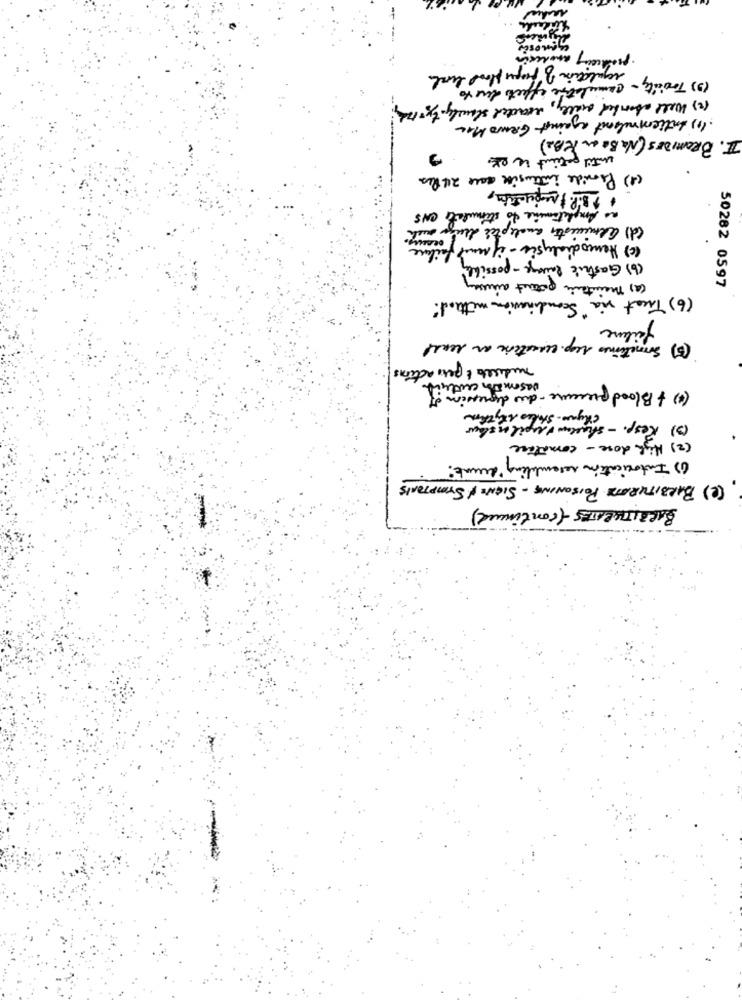
· producing moulin
regulation of proper flood local
(3) Tricity - cumulative effects due to
(2) Well abooked orally, reacted slowly. 5x= 174.
. (+) Intiemnelset against Gens MAL
II. BROMIDES ( Na Be an KB2)
until patient week
(1) Provide intensive auce 24 hrs
to stimulate ONS
as Amphetamine to st
(d) arminister analeptée drugs ou
(c) Hemodialysis - if mmed failure
( b ) Gastric lavage - possibly
(a) Theinten patent areessay
282 0597
(6) Treat via "Scandinavian method"
failure
(5) Sometimes resp. cercateone an least
mutuel & pers actions
vasomin cuatri
(*) + Blood pressure- de depresion of
- chyno - Stakes ity thon
(3) Resp. - shallow v upile slow
( 2) High dose - cometice
() Intoxication resembling drunk?
(2) BARBITURATA POISONING - SIGNS & SYMPTOMS
BARBITURATES (continued)